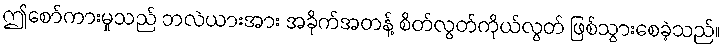
ဤစော်ကားမှုသည် ဘလဲယားအား အခိုက်အတန့် စိတ်လွတ်ကိုယ်လွတ် ဖြစ်သွားစေခဲ့သည်။